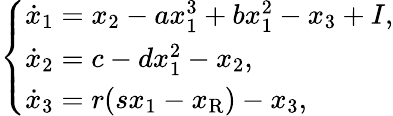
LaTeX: \left\{ \begin{array}{ll}{\dot{x}_{1}=x_{2}-ax_{1}^{3}+bx_{1}^{2}-x_{3}+I,}\\ {\dot{x}_{2}=c-dx_{1}^{2}-x_{2},}\\ {\dot{x}_{3}=r(sx_{1}-x_{\mathrm{R}})-x_{3},}\end{array}\right.